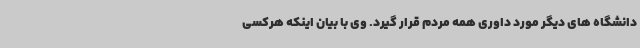
دانشگاه های دیگر مورد داوری همه مردم قرار گیرد. وی با بیان اینکه هرکسی